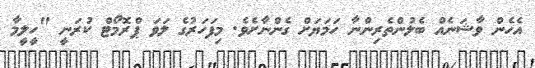
އެހެން ވާޝަނެއް ބެލުންތެރިންނާ ހަމަޔަށް ގެންނާށެވެ. މިފަހަރުގެ ލަވަ ޕްރޮމޯޓް ކުރަނީ "ހީލީމާ